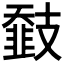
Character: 𢻨